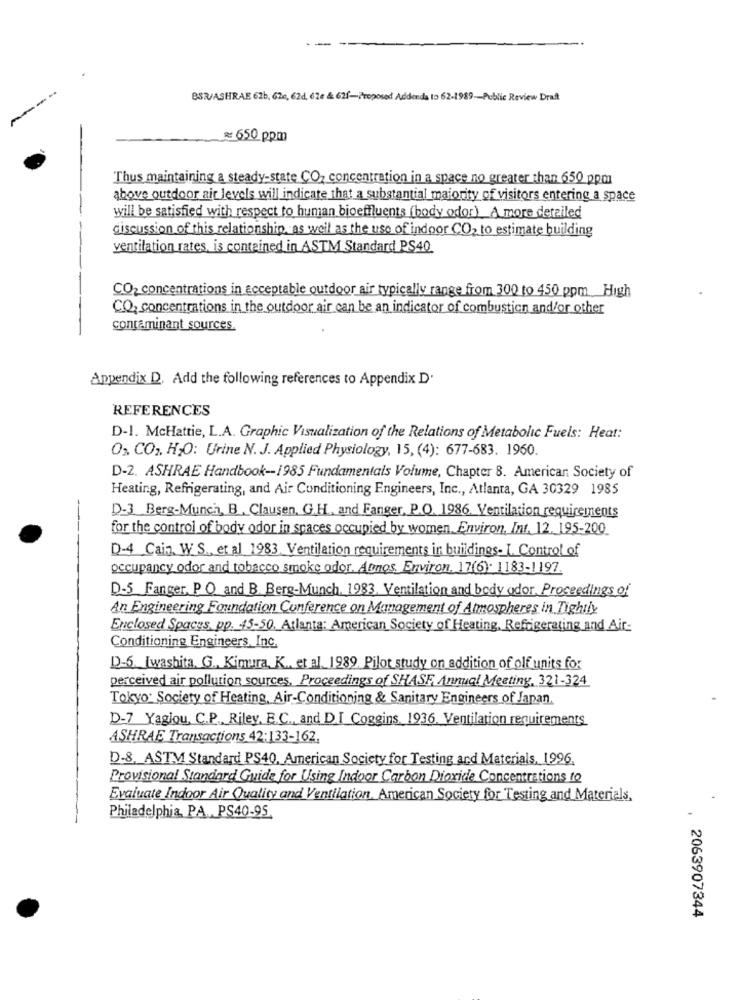
BSR/ASHRAE 62b, 626, 62d, 62e & 62f-Proposed Addenda to 62-1989 -- Public Review Draft
₹ 650 ppm
Thus maintaining a steady-state CO2 concentration in a space no greater than 650 ppm
above outdoor air levels will indicate that a substantial majority of visitors entering a space
will be satisfied with respect to human biceffluents ( body odor)_A more detailed
discussion of this relationship, as well as the use of indoor CO2 to estimate building
ventilation rates, is contained in ASTM Standard PS40
CO2 concentrations in acceptable outdoor air typically range from 300 to 450 ppm High
CO, concentrations in the outdoor air can be an indicator of combustion and/or other
contaminant sources
Appendix D. Add the following references to Appendix D'
REFERENCES
D-1. McHattie, L.A. Graphic Visualization of the Relations of Metabolic Fuels: Heat:
0% CO2, HO: Urine N. J. Applied Physiology, 15, (4): 677-683. 1960.
D-2. ASHRAE Handbook -- 1985 Fundamentals Volume, Chapter 8. American Society of
Heating, Refrigerating, and Air Conditioning Engineers, Inc ., Atlanta, GA 30329 1985
-
D-3 Berg-Munch, B . Clausen, G.H. and Fanger, P.O. 1986. Ventilation requirements
for the control of body odor in spaces occupied by women, Environ, Int. 12. 195-200
D-4 Cain. W. S ., et al 1983. Ventilation requirements in buildings. I. Control of
occupancy odor and tobacco smoke odor. Atinos, Environ. 17(6). 1183-1197.
D-5 Fanger, PO and B Berg-Munch, 1983, Ventilation and body odor. Proceedings of
An Engineering Foundation Conference on Management of Atmospheres in Tightly
Enclosed Spaces, pp. 45-50. Atlanta: American Society of Heating, Refrigerating and Air
Conditioning Engineers, Inc.
D-5. Iwashita. G ., Kimura, K ., et al. 1989. Pilot study on addition of of units for
perceived air pollution sources. Proceedings of SHASE, Annual Meeting, 321-324
Tokyo: Society of Heating, Air-Conditioning & Sanitary Engineers of Japan
D-7 Yaglou, C.P ., Riley, E.C ., and DI Coggins. 1936. Ventilation requirements
ASHRAE Transactions 42:133-162.
D-8, ASTM Standard PS40, American Society for Testing and Materials, 1996.
Provisional Standard Guide for Using Indoor Carbon Dioxide Concentrations to
Evaluate Indoor Air Quality and Ventilation. American Society for Testing and Materials,
Philadelphia, PA. PS40-95.
, 2063907344